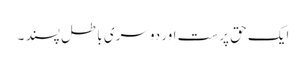
ایک حق پرست اور دوسری باطل پسند ۔